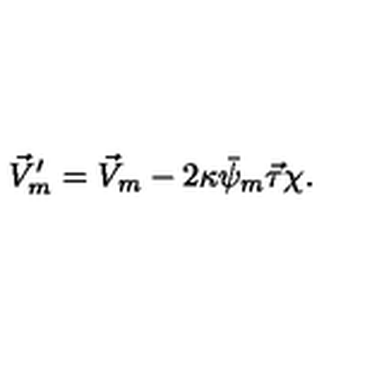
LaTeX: \vec { V } _ { m } ^ { \prime } = \vec { V } _ { m } - 2 \kappa \bar { \psi } _ { m } \vec { \tau } \chi .